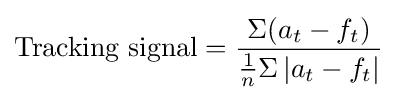
{\text{Tracking signal}}={\frac {\Sigma (a_{t}-f_{t})}{{\frac {1}{n}}\Sigma \left|a_{t}-f_{t}\right|}}